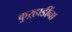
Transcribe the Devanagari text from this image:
कुऱ्हाडींना